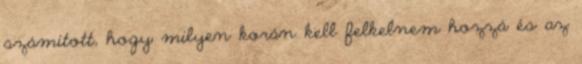
számított, hogy milyen korán kell felkelnem hozzá és az